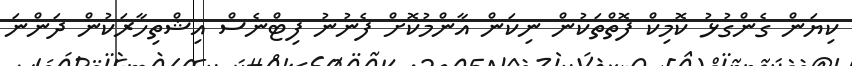
ކިޔަން ގެންގުޅު ކޮމިކް ފޮތްތަކުން ނިކަން އާންމުކޮށް ފެނުނު ފިޓްނެސް އިޝްތިހާރަކުން ދަންނަ